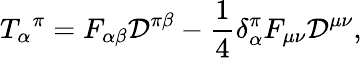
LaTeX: T_{\alpha}{}^{\pi}=F_{\alpha\beta}{\mathcal{D}}^{\pi\beta}-{\frac{1}{4}}\delta_{\alpha}^{\pi}F_{\mu\nu}{\mathcal{D}}^{\mu\nu},